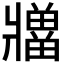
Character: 𪺡